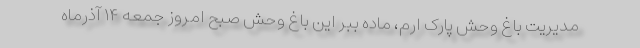
مدیریت باغ وحش پارک ارم، ماده ببر این باغ وحش صبح امروز جمعه ۱۴ آذرماه